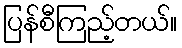
ပြန်စီကြည့်တယ်။